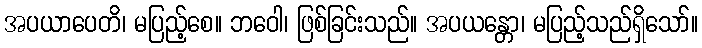
အပယာပေတိ၊ မပြည့်စေ။ ဘဝေါ၊ ဖြစ်ခြင်းသည်။ အပယန္တော၊ မပြည့်သည်ရှိသော်။